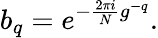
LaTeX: b_{q}=e^{-{\frac{2\pi i}{N}}g^{-q}}.